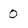
Character: 0